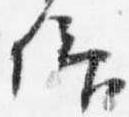
仰